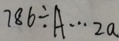
7 8 6 \div A \cdots 2 a